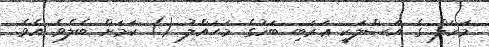
މަހަލް ގެ އަޞްލަކީ ޢަރަބި ބަހުގެ މަޙައްލު () ކަމަށް ބެލެވެ އެވެ.